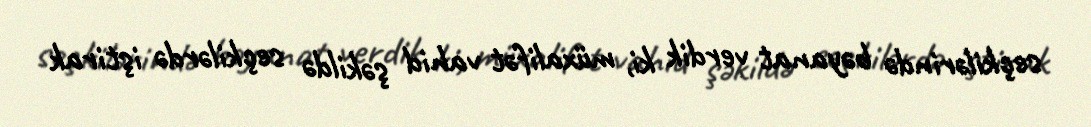
seçkilərində bəyanat verdik ki, müxalifət vahid şəkildə seçkilərdə iştirak